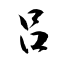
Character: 呂